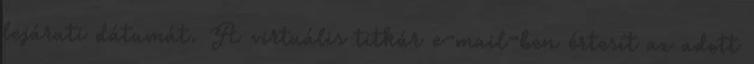
lejárati dátumát. A virtuális titkár e-mail-ben értesít az adott